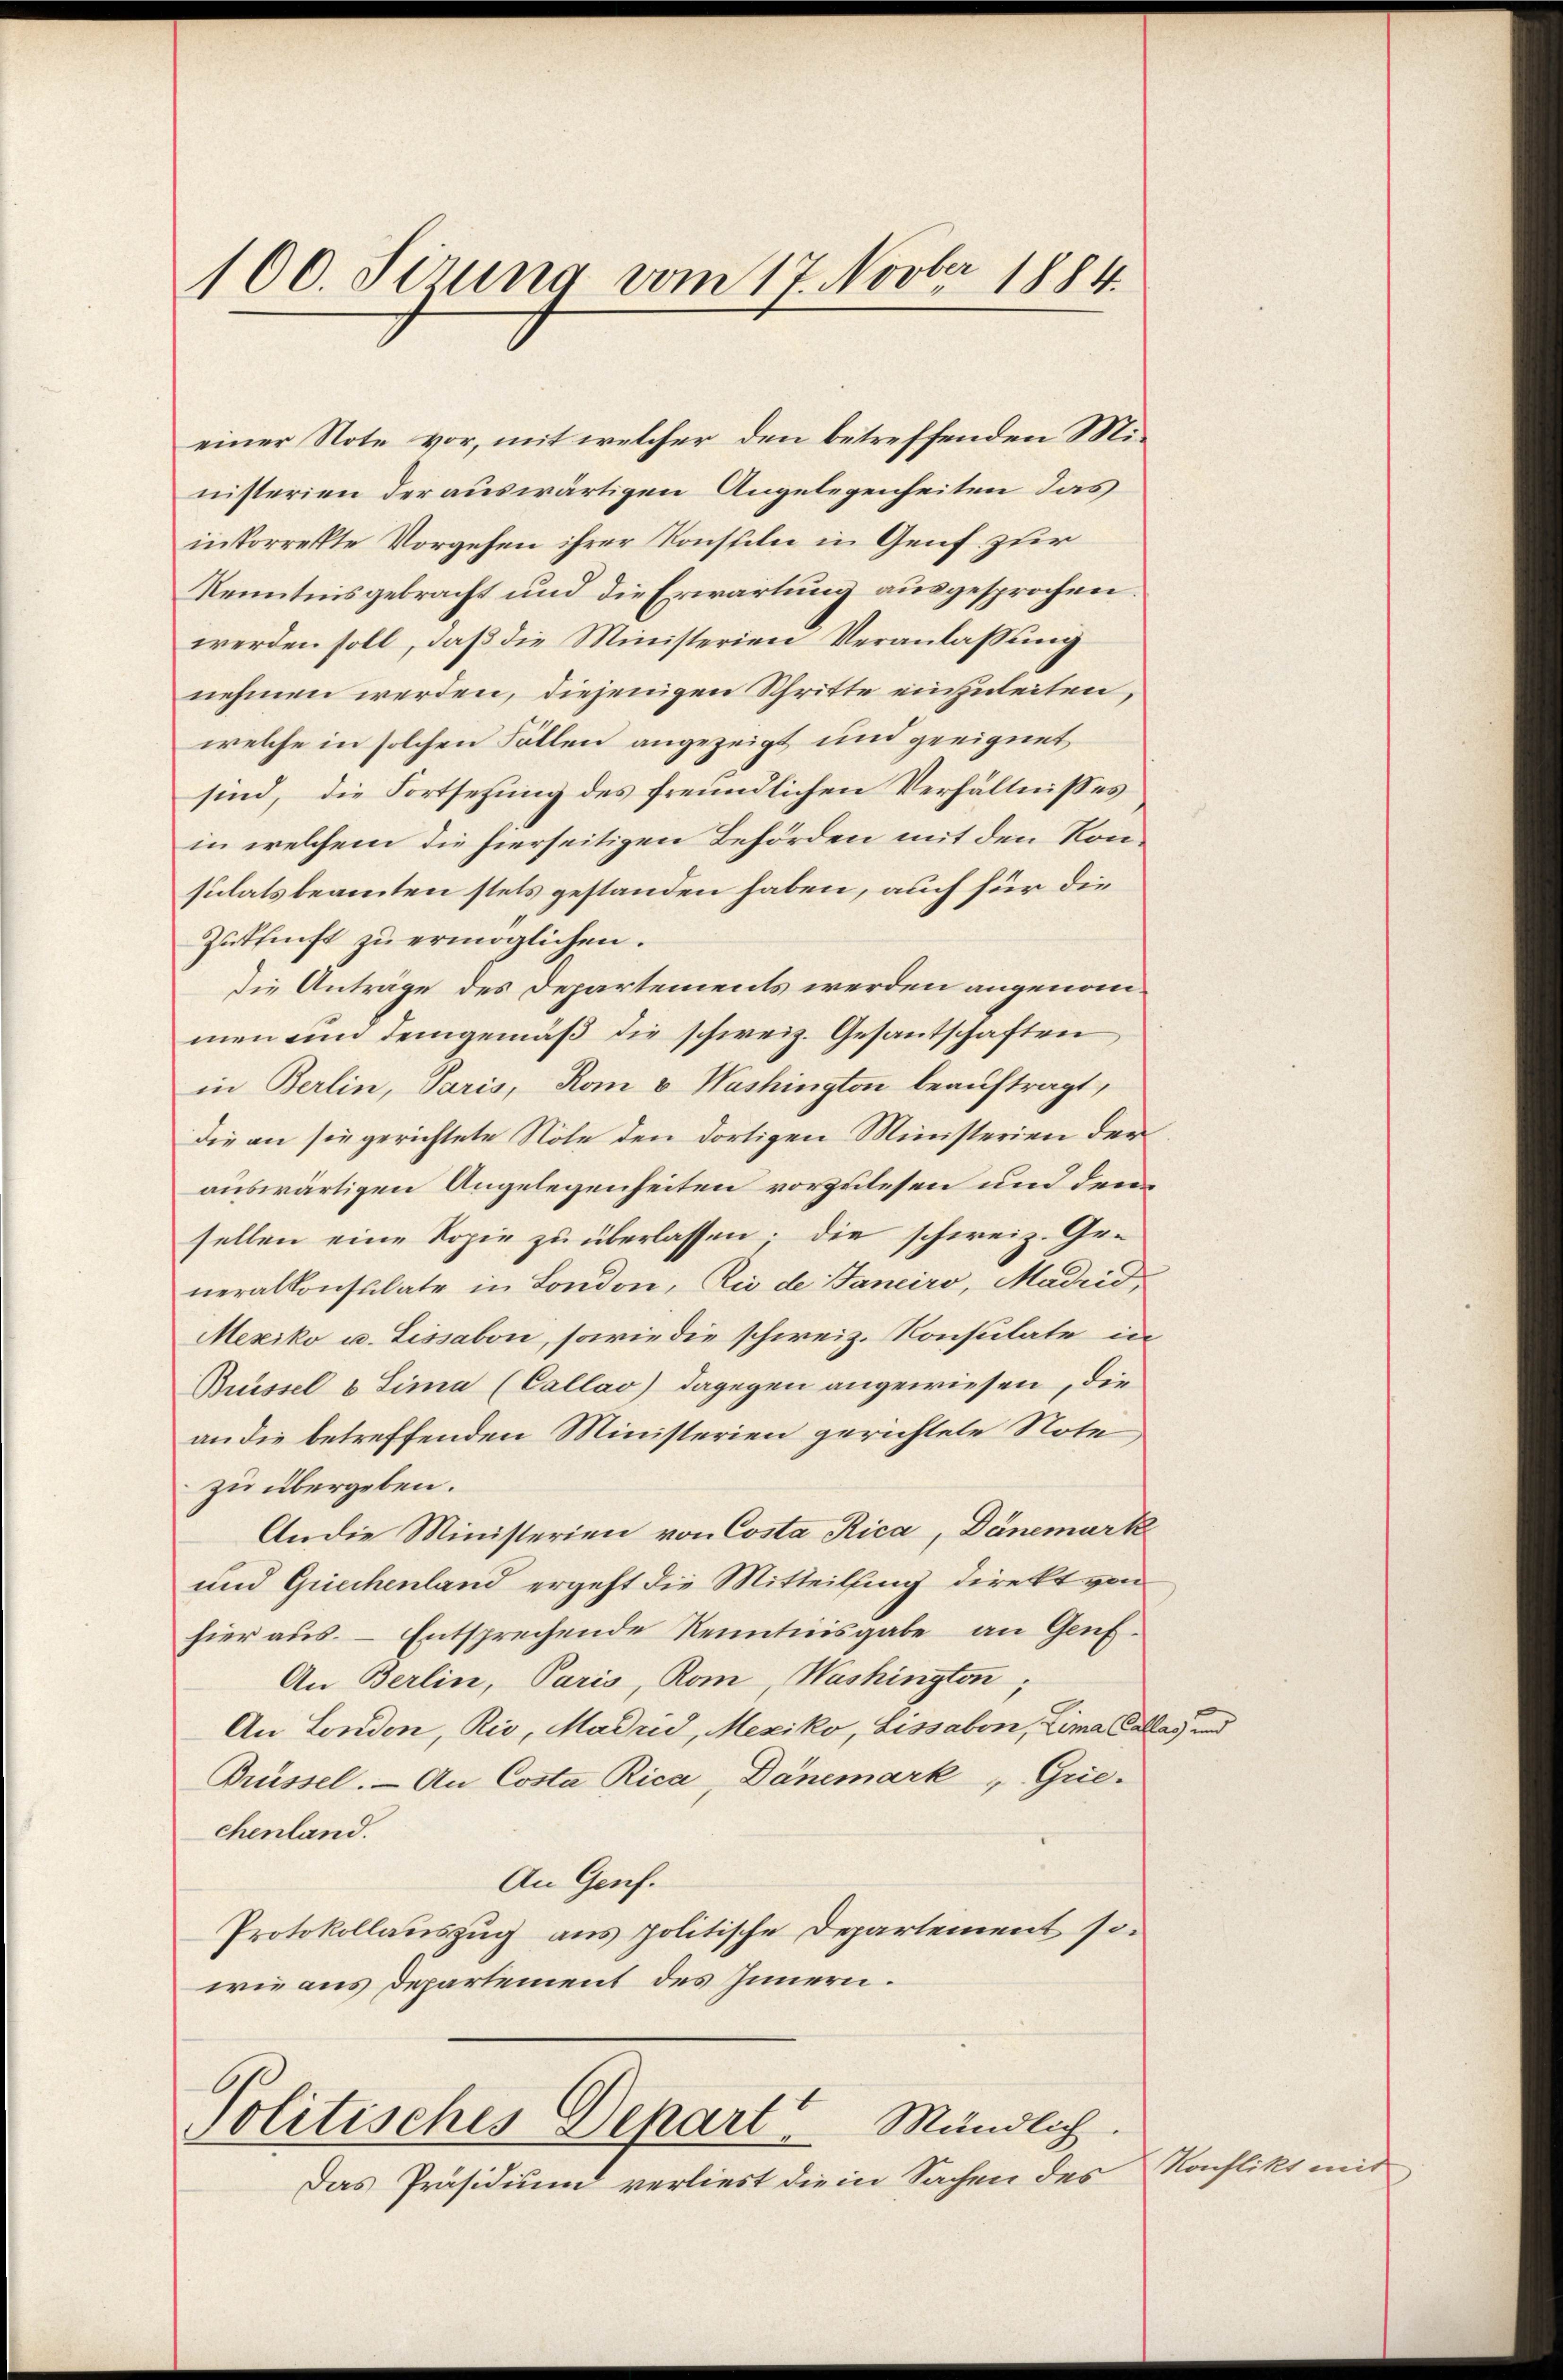
100. Sirung vom 17. Novber 1884

einer Note vor, mit welcher den betreffenden Ministerien der auswärtigen Angelegenheiten das
inkorrekte Vorgehen ihrer Konsteln in Genf. zur
Kenntnisgebracht und die Erwartung ausgesprochen.
werden soll, daß die Ministerien Veranlassung
nehmen werden, diejenigen Schritte einzuleiten,
welche in solchen Fällen angezeigt und geeignet
sind, die Fortsetzung des freundlichen Verhältnisses
in welchem die hierseitigen Behörden mit den Konsulatsbeamten stets gestanden haben, auch für die
Zutfunft zu ermöglichen.
Die Anträge des Departements werden angenommen um demgemäß die schweiz. Gesantschaften
in Berlin, Paris, Rom v Washington beauftragt,
die an sie gerichtete Note den dortigen Ministerien der
auswärtigen Angelegenheiten vorzulesen und den
sellen eine Kopie zu überlassen; die schweiz. Generalkonsulate in London, Die de Janeiro, Madrid,
Mexiko u. Lissabon, sowie die schweiz. Konsulate in
Buissel u Sima (Callao) dagegen angewiesen, die
an die betreffenden Ministerien gerichtete Note
zu übergeben.
An die Ministerien von Costa Rica, Dänemark
und Griechenland ergeht die Mitteilung direkt von
hier aus. – Entsprechende Kenntnisgabe, an Genf¬
An Berlin, Paris, Rom, Washington,
An Landen, Rio, Madrid, Mexiko, Lissaben, Lima Callas und
Brüssel. — An Costa Rica, Dänemark, Grie-
chenland.
An Genf.
Protokollauszug aus politische Departement sowie aus Departement des Innern.
Politisches Depart Mändlich
Das Präsidium verliest die in Sachen des

Konflikt mit